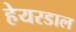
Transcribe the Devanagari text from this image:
हेयरडाल